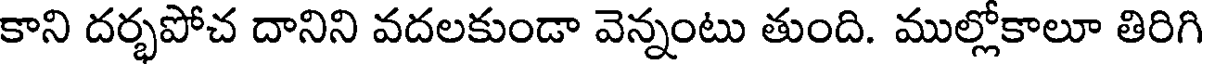
కాని దర్భపోచ దానిని వదలకుండా వెన్నంటు తుంది. ముల్లోకాలూ తిరిగి